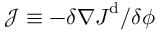
\mathcal { J } \equiv - { \delta \nabla \boldsymbol { J } ^ { \mathrm { d } } } / { \delta \phi }